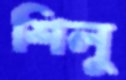
শিলু